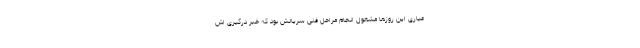
عیاری این روزها مشغول انجام مراحل فنی سریالش بود که خبر درگیری اش